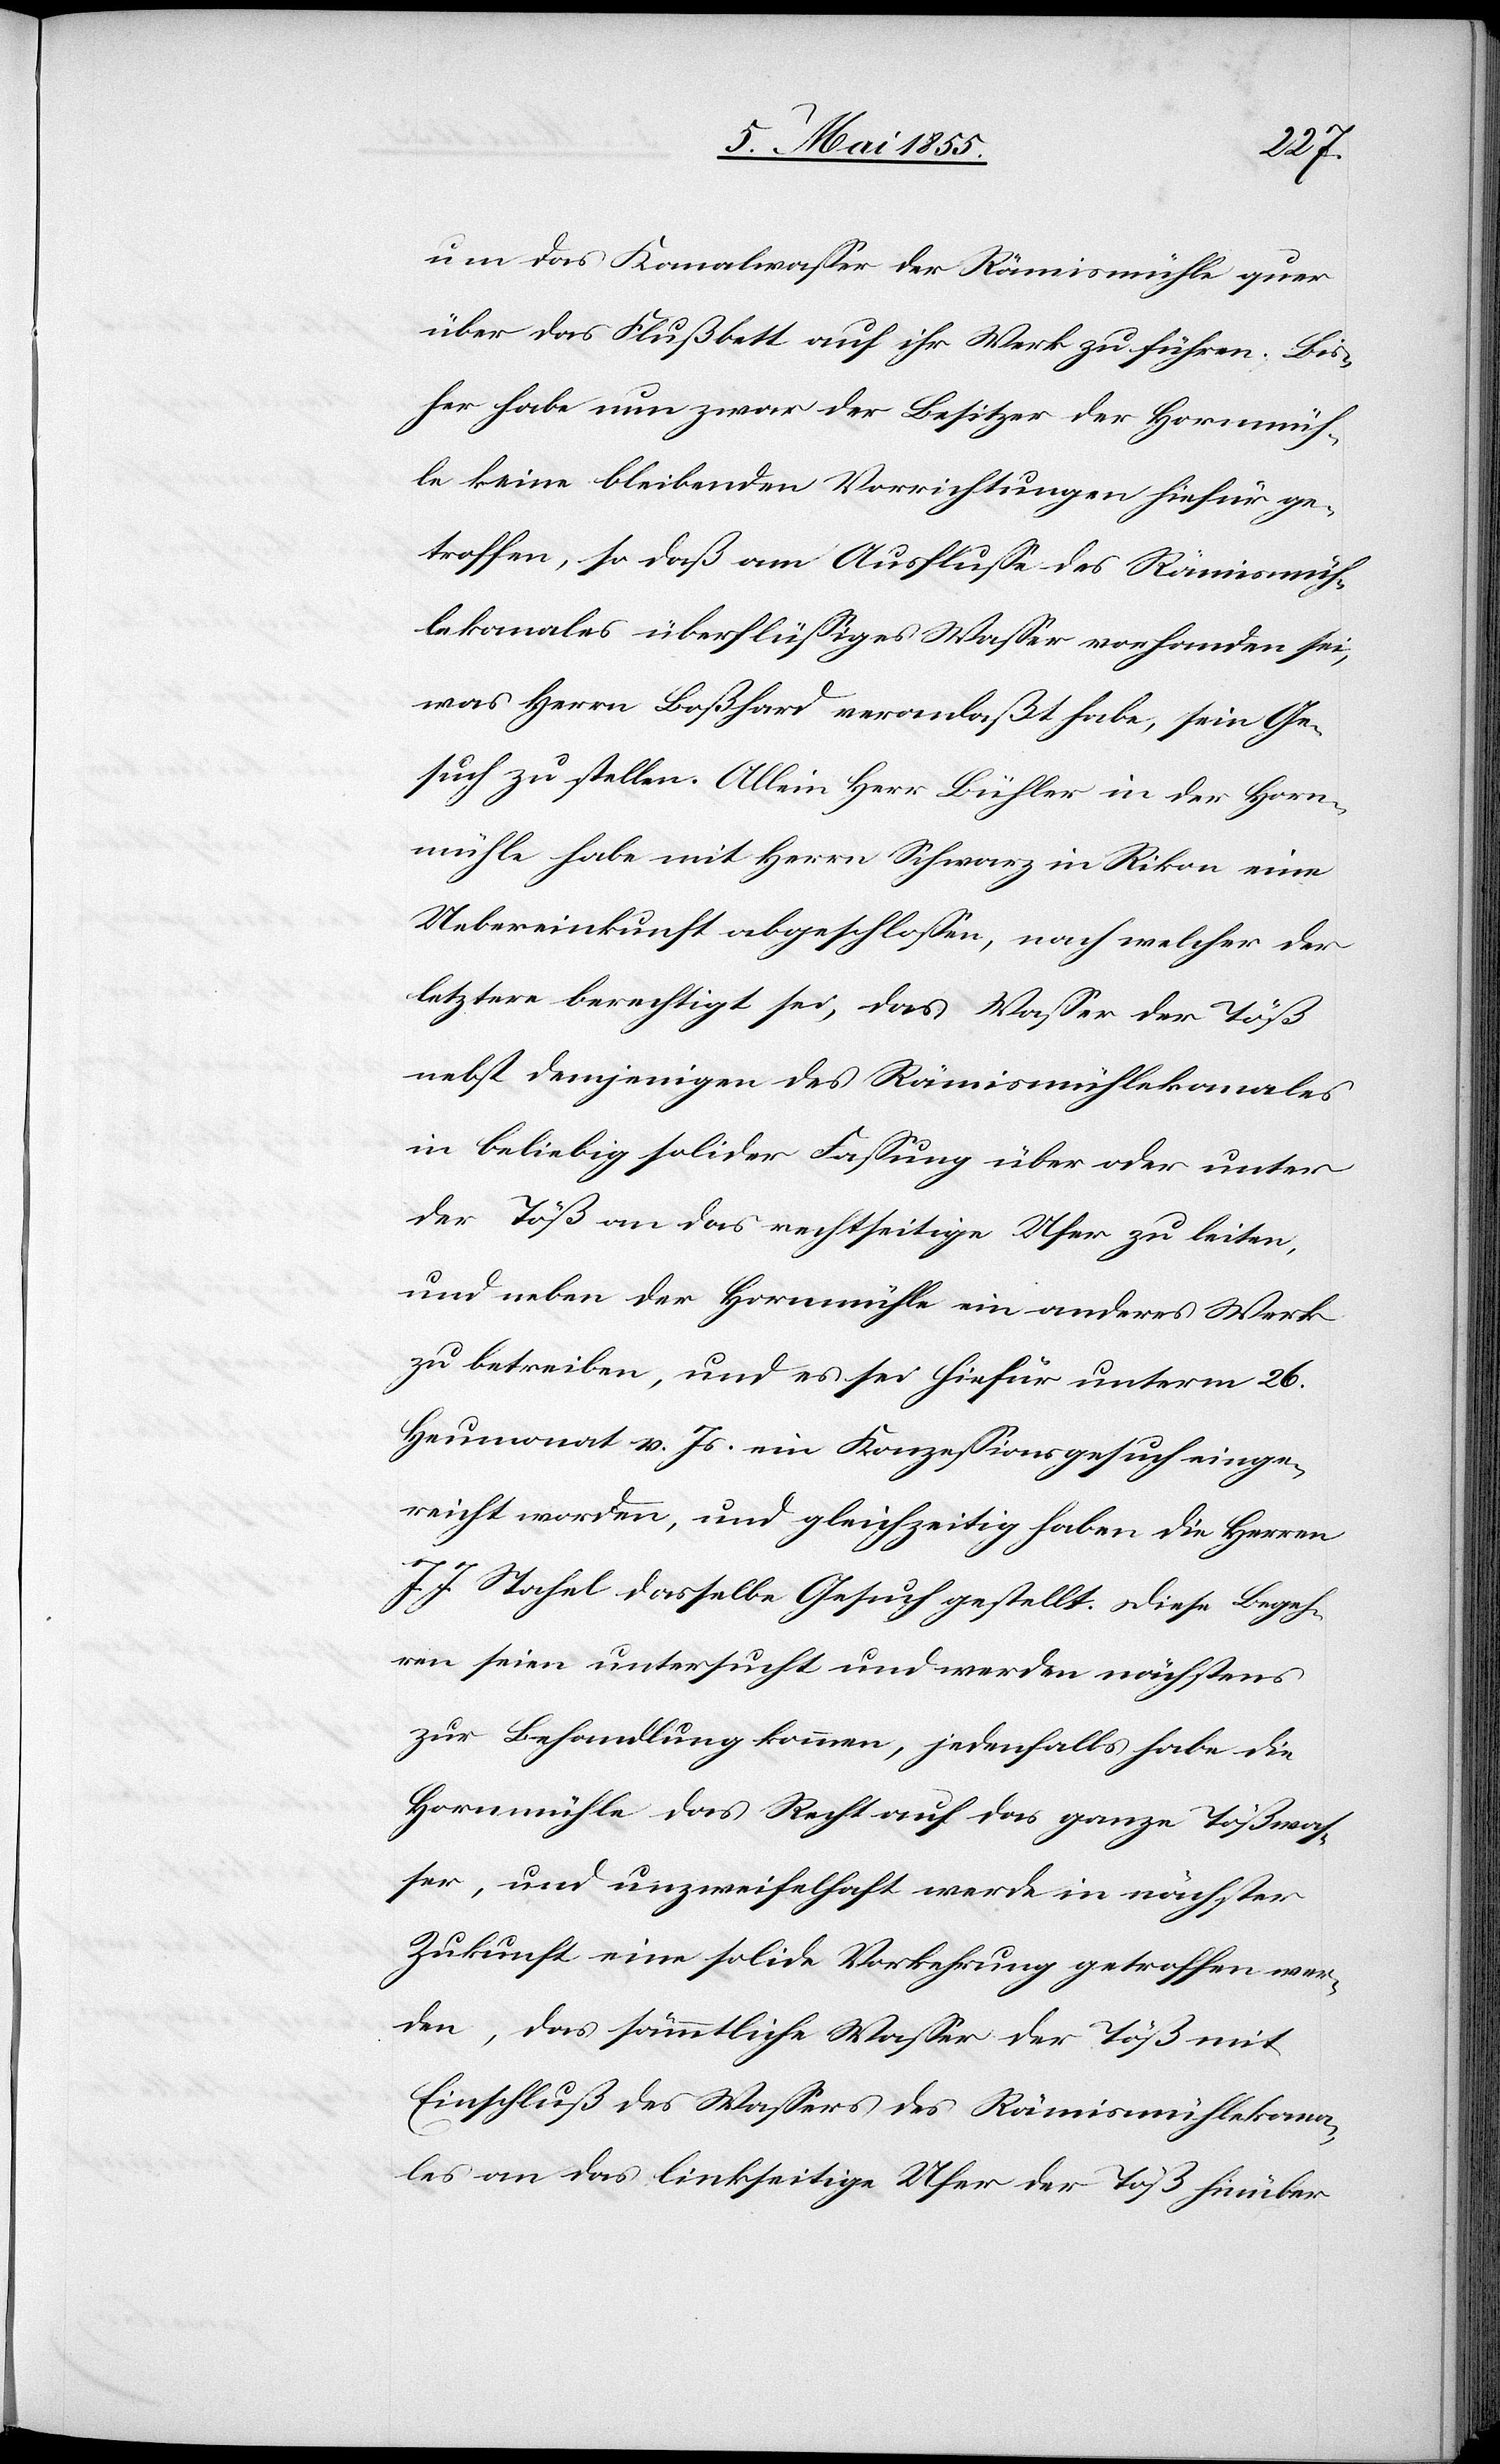
um das Kanalwasser der Rämismühle quer
über das Flußbett auf ihr Werk zu führen. Bis¬
her habe nun zwar der Besitzer der Hornmüh¬
le keine bleibenden Vorrichtungen hiefür ge¬
troffen, so daß am Ausflusse des Rämismüh¬
lekanales überflüssiges Wasser vorhanden sei,
was Herrn Boßhard veranlaßt habe, sein Ge¬
such zu stellen. Allein Herr Bühler in der Horn¬
mühle habe mit Herrn Schwarz in Rikon eine
Uebereinkunft abgeschlossen, nach welcher der
letztere berechtigt sei, das Wasser der Töß
nebst demjenigen des Rämismühlekanales
in beliebig solider Fassung über oder unter
der Töß an das rechtseitige Ufer zu leiten,
und neben der Hornmühle ein anderes Werk
zu betreiben, und es sei hiefür unterm 26.
Heumonat v. Js. ein Konzessionsgesuch einge¬
reicht worden, und gleichzeitig haben die Herren
J. J. Stahel dasselbe Gesuch gestellt. Diese Begeh¬
ren seien untersucht und werden nächstens
zur Behandlung kommen, jedenfalls habe die
Hornmühle das Recht auf das ganze Tößwas¬
ser, und unzweifelhaft werde in nächster
Zukunft eine solide Vorkehrung getroffen wer¬
den, das sämmtliche Wasser der Töß mit
Einschluß des Wassers des Rämismühlekana¬
les an das linkseitige Ufer der Töß hinüber